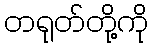
တရုတ်တို့ကို